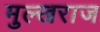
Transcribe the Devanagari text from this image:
मुल्खराज